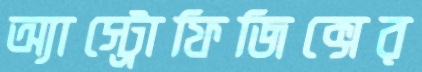
অ্যাস্ট্রোফিজিক্সের